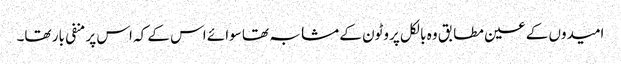
امیدوں کے عین مطابق وہ بالکل پروٹون کے مشابہ تھا سوائے اس کے کہ اس پر منفی بار تھا۔